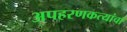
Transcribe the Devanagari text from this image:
अपहरणकत्यांचा